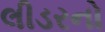
લીડરનો